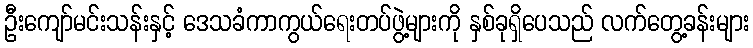
ဦးကျော်မင်းသန်းနှင့် ဒေသခံကာကွယ်ရေးတပ်ဖွဲ့များကို နှစ်ခုရှိပေသည် လက်တွေ့ခန်းများ